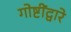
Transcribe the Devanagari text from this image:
गोष्टींद्वारे